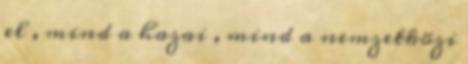
el , mind a hazai , mind a nemzetközi